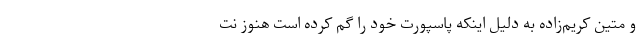
و متین کریم‌زاده به دلیل اینکه پاسپورت خود را گم کرده است هنوز نت